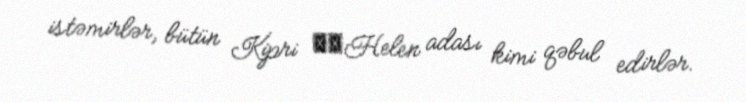
istəmirlər, bütün Kipri ​​Helen adası kimi qəbul edirlər.